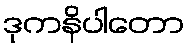
ဒုကနိပါတော